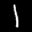
Label: 1